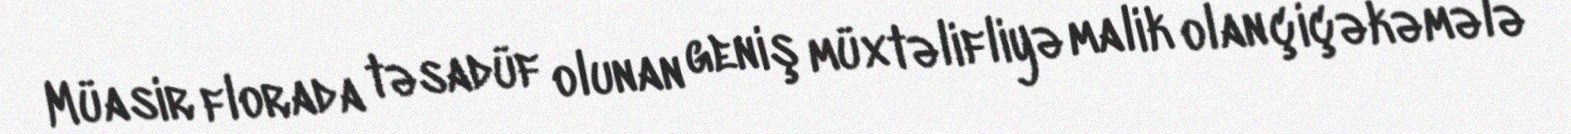
Müasir florada təsadüf olunan geniş müxtəlifliyə malik olan çiçəkəmələ